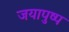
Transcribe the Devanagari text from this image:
जयापुष्प